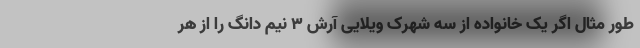
طور مثال اگر یک خانواده از سه شهرک ویلایی آرش ۳ نیم دانگ را از هر